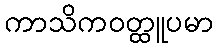
ကာသိကဝတ္ထူပမာ